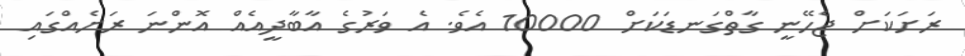
ރަށަކަށް ޖެހޭނީ ގާތްގަނޑަކަށް 10000 އެވެ. އެ ވަރުގެ އާބާދީއެއް އޮންނަ ރަށެއްގައި